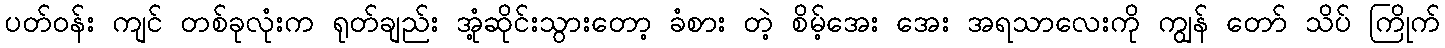
ပတ်ဝန်း ကျင် တစ်ခုလုံးက ရုတ်ချည်း အုံ့ဆိုင်းသွားတော့ ခံစား တဲ့ စိမ့်အေး အေး အရသာလေးကို ကျွန် တော် သိပ် ကြိုက်